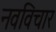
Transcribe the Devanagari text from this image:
नवविचार